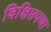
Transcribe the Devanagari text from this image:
विक्षिप्तपणा